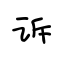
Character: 诉